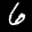
Label: 6